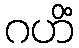
ဂဟိံ